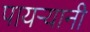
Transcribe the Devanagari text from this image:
पायर्‍यानी